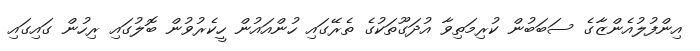
އިންފުލުއެންޒާގެ ސަބަބުން ކުރިމަތިވާ އުދަގޫތަކުގެ ތެރޭގައި ހުންއައުން ހީކެރުވުން ބޮލުގައި ރިހުން ގައިގައި